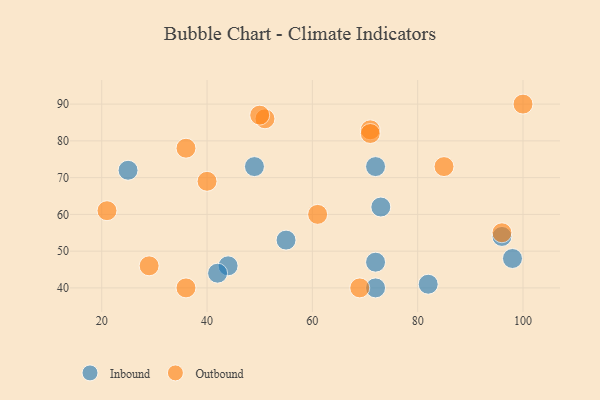
{"axis": {"x": "GDP", "y": "Life Expectancy"}, "legend": ["Inbound", "Outbound"], "data": [{"x": "55", "y": 53, "type": "Inbound"}, {"x": "72", "y": 47, "type": "Inbound"}, {"x": "82", "y": 41, "type": "Inbound"}, {"x": "96", "y": 54, "type": "Inbound"}, {"x": "73", "y": 62, "type": "Inbound"}, {"x": "44", "y": 46, "type": "Inbound"}, {"x": "25", "y": 72, "type": "Inbound"}, {"x": "49", "y": 73, "type": "Inbound"}, {"x": "42", "y": 44, "type": "Inbound"}, {"x": "72", "y": 40, "type": "Inbound"}, {"x": "98", "y": 48, "type": "Inbound"}, {"x": "72", "y": 73, "type": "Inbound"}, {"x": "71", "y": 83, "type": "Outbound"}, {"x": "21", "y": 61, "type": "Outbound"}, {"x": "69", "y": 40, "type": "Outbound"}, {"x": "51", "y": 86, "type": "Outbound"}, {"x": "40", "y": 69, "type": "Outbound"}, {"x": "61", "y": 60, "type": "Outbound"}, {"x": "100", "y": 90, "type": "Outbound"}, {"x": "96", "y": 55, "type": "Outbound"}, {"x": "71", "y": 82, "type": "Outbound"}, {"x": "36", "y": 40, "type": "Outbound"}, {"x": "50", "y": 87, "type": "Outbound"}, {"x": "36", "y": 78, "type": "Outbound"}, {"x": "85", "y": 73, "type": "Outbound"}, {"x": "29", "y": 46, "type": "Outbound"}]}